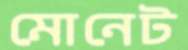
মোনেট